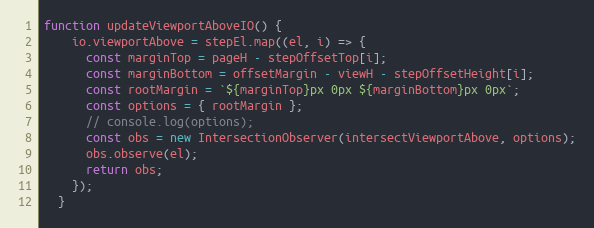
Language: JavaScript
function updateViewportAboveIO() {
    io.viewportAbove = stepEl.map((el, i) => {
      const marginTop = pageH - stepOffsetTop[i];
      const marginBottom = offsetMargin - viewH - stepOffsetHeight[i];
      const rootMargin = `${marginTop}px 0px ${marginBottom}px 0px`;
      const options = { rootMargin };
      // console.log(options);
      const obs = new IntersectionObserver(intersectViewportAbove, options);
      obs.observe(el);
      return obs;
    });
  }